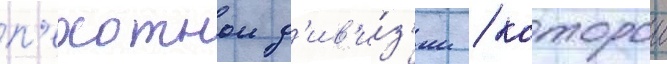
п'ехотнои д'ив'и́з'ии / которои